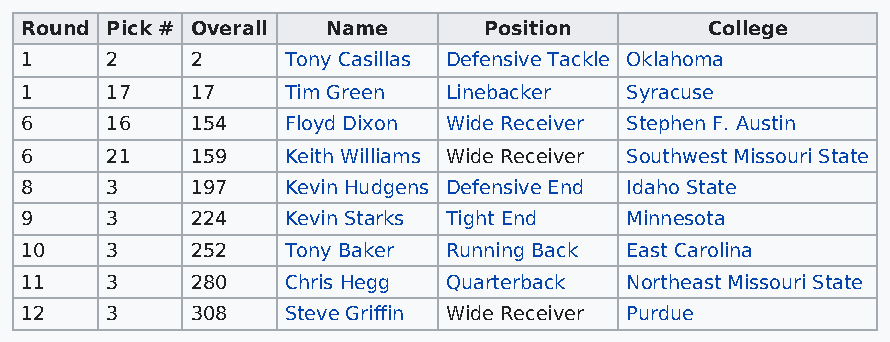
Round Pick # Overall Name      Position       College
 1     2     2     Tony Casillas Defensive Tackle Oklahoma
 1     17    17    Tim Green Linebacker  Syracuse
 6     16    154   Floyd Dixon Wide Receiver Stephen F. Austin
 6     21    159   Keith Williams Wide Receiver Southwest Missouri State
 8     3     197   Kevin Hudgens Defensive End Idaho State
 9     3     224   Kevin Starks Tight End Minnesota
 10    3     252   Tony Baker Running Back East Carolina
 11    3     280   Chris Hegg Quarterback Northeast Missouri State
 12    3     308   Steve Griffin Wide Receiver Purdue